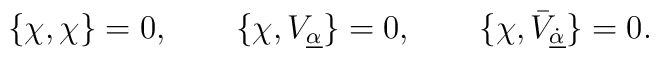
{\displaystyle\{\chi,\chi\}=0,\hspace{2em}  \{\chi,V_{\underline\alpha}\}=0,\hspace{2em}\{\chi,\bar V_{\underline{\dot\alpha}}\}=0.}